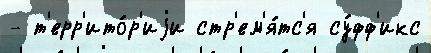
- т'ерр'ито́р'иjи стр'ем'я́тс'я су́фф'икс